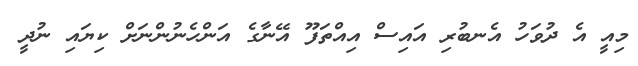
މިއީ އެ ދުވަހު އެނބުރި އައިސް އިއްތަފޫ އޭނާގެ އަންހެނުންނަށް ކިޔައި ނުދީ